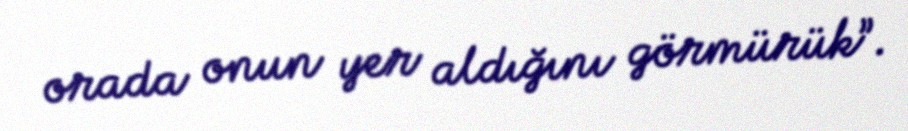
orada onun yer aldığını görmürük”.